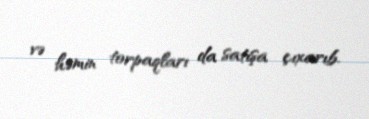
və həmin torpaqları da satışa çıxarıb.